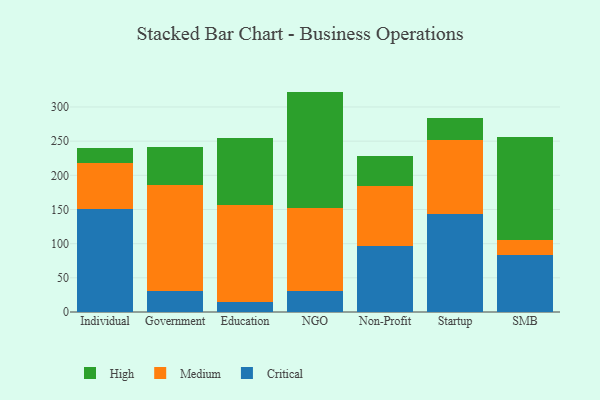
{"axis": {"x": "Segment", "y": "Gross Profit (USD K)"}, "legend": ["Critical", "High", "Medium"], "data": [{"x": "Individual", "y": 150.1, "type": "Critical"}, {"x": "Individual", "y": 68.6, "type": "Medium"}, {"x": "Individual", "y": 21.3, "type": "High"}, {"x": "Government", "y": 30.6, "type": "Critical"}, {"x": "Government", "y": 155.4, "type": "Medium"}, {"x": "Government", "y": 56.1, "type": "High"}, {"x": "Education", "y": 15.3, "type": "Critical"}, {"x": "Education", "y": 141.1, "type": "Medium"}, {"x": "Education", "y": 98.8, "type": "High"}, {"x": "NGO", "y": 31.3, "type": "Critical"}, {"x": "NGO", "y": 120.4, "type": "Medium"}, {"x": "NGO", "y": 170.8, "type": "High"}, {"x": "Non-Profit", "y": 96.6, "type": "Critical"}, {"x": "Non-Profit", "y": 88.3, "type": "Medium"}, {"x": "Non-Profit", "y": 43.3, "type": "High"}, {"x": "Startup", "y": 142.7, "type": "Critical"}, {"x": "Startup", "y": 108.7, "type": "Medium"}, {"x": "Startup", "y": 33.1, "type": "High"}, {"x": "SMB", "y": 84.0, "type": "Critical"}, {"x": "SMB", "y": 21.1, "type": "Medium"}, {"x": "SMB", "y": 151.5, "type": "High"}]}